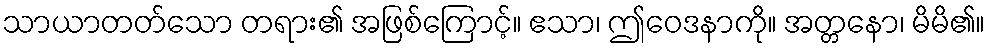
သာယာတတ်သော တရား၏ အဖြစ်ကြောင့်။ ဧသာ၊ ဤဝေဒနာကို။ အတ္တနော၊ မိမိ၏။